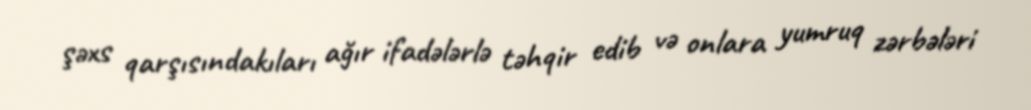
şəxs qarşısındakıları ağır ifadələrlə təhqir edib və onlara yumruq zərbələri